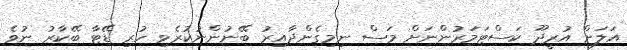
އަލަށް އުރީދޫ ކަސްޓަމަރުންނަށް މަސް ނިމިގެންދާއިރު ބޭނުންނުކުރެވި ހުރި ޑޭޓާ ބޭކާރު ނުވެ